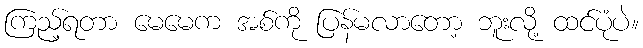
ကြည့်ရတာ မေမေက အစ်ကို ပြန်မလာတော့ ဘူးလို့ ထင်ပုံပဲ။